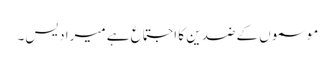
موسموں کے ضدین کا اجتماع ہے میرا دیس۔